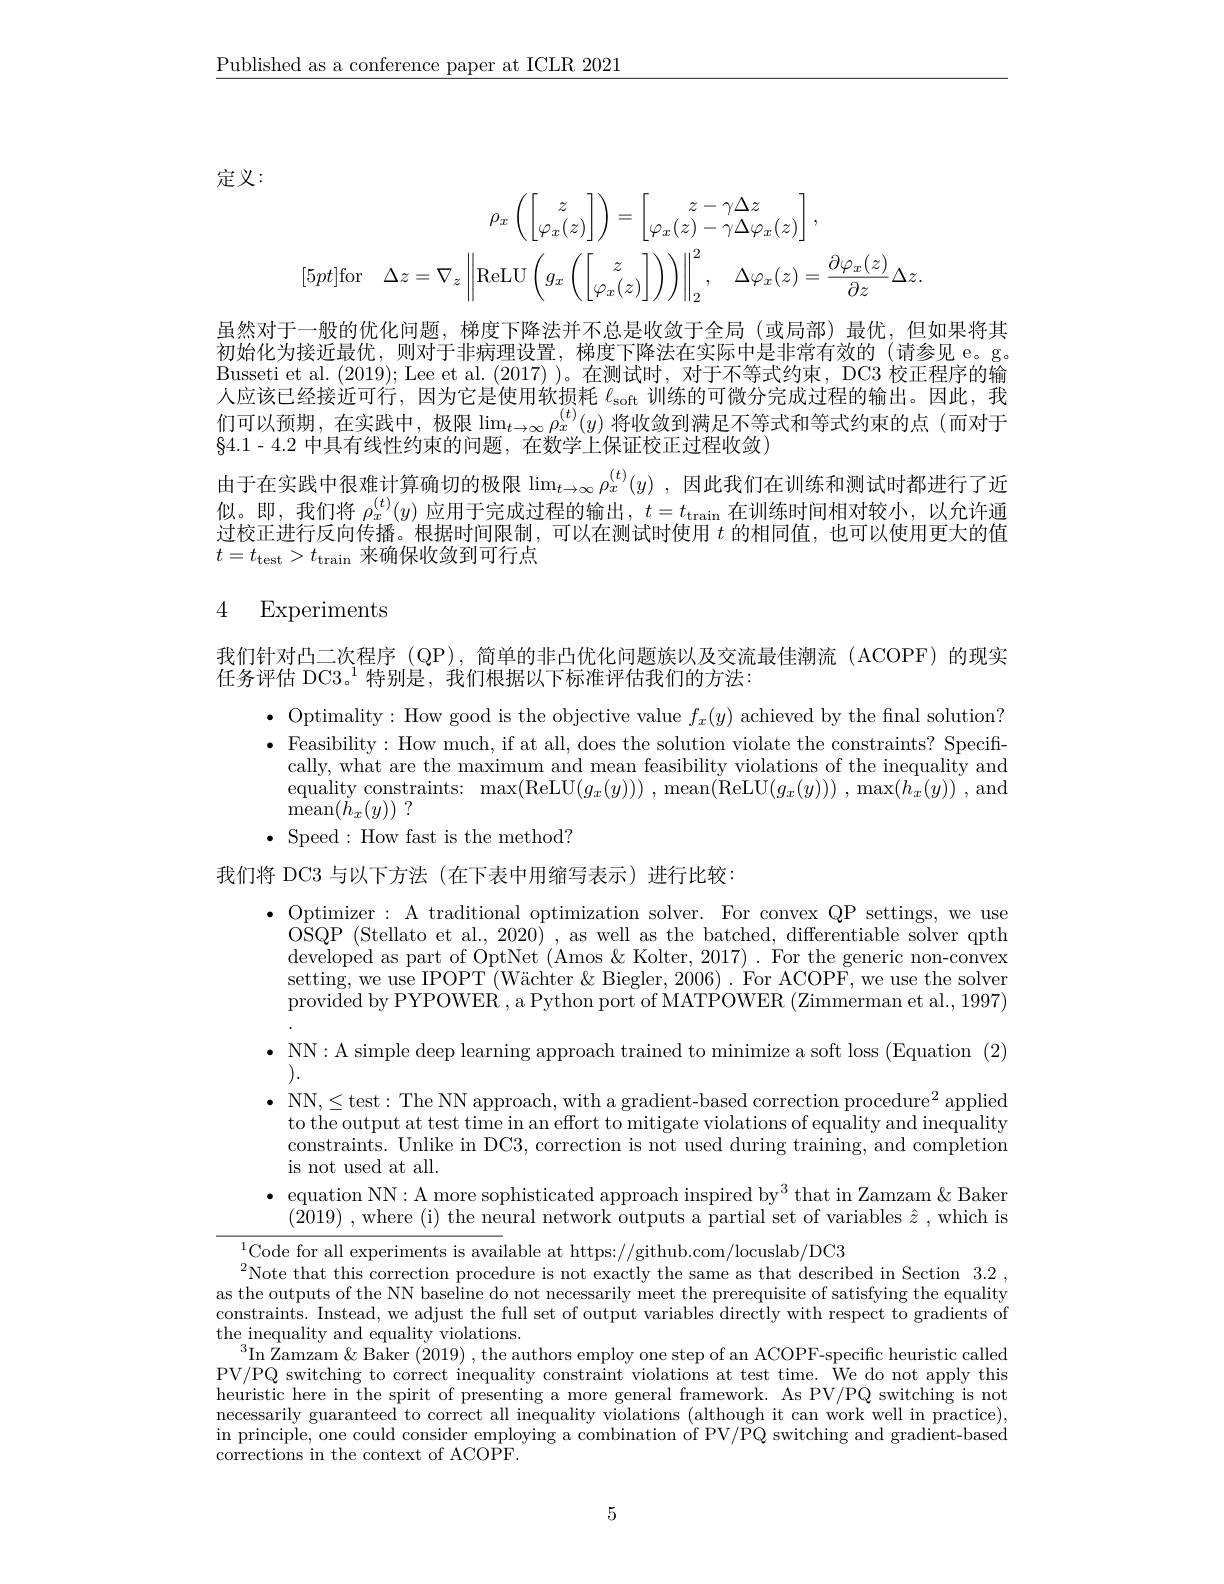
$\underline{\text{Published as a conference paper at ICLR 2021}}$

定义：
$$\begin{aligned}\rho_{x}\left(\begin{bmatrix}z\\\varphi_{x}(z)\end{bmatrix}\right)&=\begin{bmatrix}z-\gamma\Delta z\\\varphi_{x}(z)-\gamma\Delta\varphi_{x}(z)\end{bmatrix},\\[5pt]\mathrm{for}\quad\Delta z=\nabla_{z}\left\|\mathrm{ReLU}\left(g_{x}\left(\begin{bmatrix}z\\\varphi_{x}(z)\end{bmatrix}\right)\right)\right\|_{2}^{2},\quad\Delta\varphi_{x}(z)=\frac{\partial\varphi_{x}(z)}{\partial z}\Delta z.\end{aligned}$$
虽然对于一般的优化问题，梯度下降法并不总是收敛于全局(或局部)最优，但如果将其初始化为接近最优，则对于非病理设置，梯度下降法在实际中是非常有效的(请参见 e。g. Busseti et al. (2019); Lee et al. (2017) )。在测试时，对于不等式约束，DC3 校正程序的输人应该已经接近可行，因为它是使用软损耗$\ell_\mathrm{soft}$训练的可微分完成过程的输出。因此，我们可以预期，在实践中，极限$\lim_{t\to\infty}\rho_x^{(t)}(y)$ 将收敛到满足不等式和等式约束的点 (而对于$\S4.1-4.2$中具有线性约束的问题，在数学上保证校正过程收敛)
由于在实践中很难计算确切的极限$\lim_{t\to\infty}\rho_x^{(t)}(y)$ ,因此我们在训练和测试时都进行了近似。即，我们将$\rho_x^{(t)}(y)$应用于完成过程的输出，$t=t_\tan\text{在训练时间相对较小，以允许通}$ 过校正进行反向传播。根据时间限制，可以在测试时使用$t$的相同值，也可以使用更大的值$t=t_{\mathrm{test}}>t_{\mathrm{train}}$来确保收敛到可行点

# 4 Experiments

我们针对凸二次程序 (QP),简单的非凸优化问题族以及交流最佳潮流 (ACOPF) 的现实

任务评估 DC3。$^1$特别是，我们根据以下标准评估我们的方法：

$\bullet$ Optimality: How good is the objective value $f_x(y)$ achieved by the final solution? $\bullet$ Feasibility:How much, if at all, does the solution violate the constraints? Specifi-
cally, what are the maximum and mean feasibility violations of the inequality and equality constraints: $\max ($ReLU$(g_x(y)))$,mean(ReLU$(g_x(y))),\max(\bar{h_x(y)})$,and ${\mathrm{mean}}( \bar{h} _{x}( y) )$ ?
$\bullet$ Speed:How fast is the method?

我们将 DC3 与以下方法 (在下表中用缩写表示)进行比较：

$\bullet$ Optimizer: A traditional optimization solver. For convex QP settings, we use
OSQP (Stellato et al., 2020) , as well as the batched, differentiable solver qpth developed as part of OptNet (Amos &Kolter, 2017). For the generic non-convex setting, we use IPOPT (Wächter &Biegler, 2006). For ACOPF, we use the solver provided by PYPOWER , a Python port of MATPOWER (Zimmerman et al., 1997)
$\begin{array}{ll}\bullet&\mathrm{NN:A~simple~deep~learning~approach~trained~to~minimize~a~soft~loss~(Equation~(2)}\\).\end{array}$ $\bullet$ NN,$\leq$test:The NN approach, with a gradient-based correction procedure$^2$ applied
to the output at test time in an effort to mitigate violations of equality and inequality constraints. Unlike in DC3, correction is not used during training, and completion is not used at all.
$\bullet$ equation NN: A more sophisticated approach inspired by$^3$ that in Zamzam $\&$ Baker
$(\bar{20}19)$ , where (i) the neural network outputs a partial set of variables $\hat{z}$ , which is
$^{1}$Code for all experiments is available at https://github.com/locuslab/DC3

$^{2}$Note that this correction procedure is not exactly the same as that described in Section 3.2, as the outputs of the NN baseline do not necessarily meet the prerequisite of satisfying the equality constraints. Instead, we adjust the full set of output variables directly with respect to gradients of the inequality and equality violations.
$^3$In Zamzam & Baker (2019) , the authors employ one step of an ACOPF-specific heuristic called PV/PQ switching to correct inequality constraint violations at test time. We do not apply this heuristic here in the spirit of presenting a more general framework. As PV/PQ switching is not $\begin{array}{c}\text{necessarily guaranteed to correct all inequality violations (although it can work well in practice),}\\\text{necessarily guaranteed to correct all inequality violations (although it can work well in pracctice),}\end{array}$ in principle, one could consider employing a combination of PV/PQ switching and gradient-based corrections in the context of ACOPF.

5